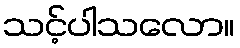
သင့်ပါသလော။